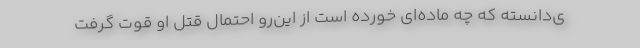
ی‌دانسته که چه ماده‌ای خورده است از این‌رو احتمال قتل او قوت گرفت